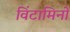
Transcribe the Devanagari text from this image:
विंटामिनों